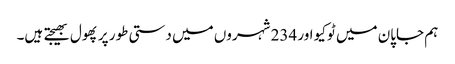
ہم جاپان میں ٹوکیو اور 234 شہروں میں دستی طور پر پھول بھیجتے ہیں۔